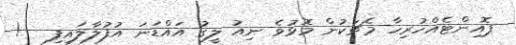
ޕޮއިންޓެއްހުރިހާ މެޗަކުން މޮޅުވެ ނިއު ލީގު އައްޑަނަ އުފުލާލައިފި   !